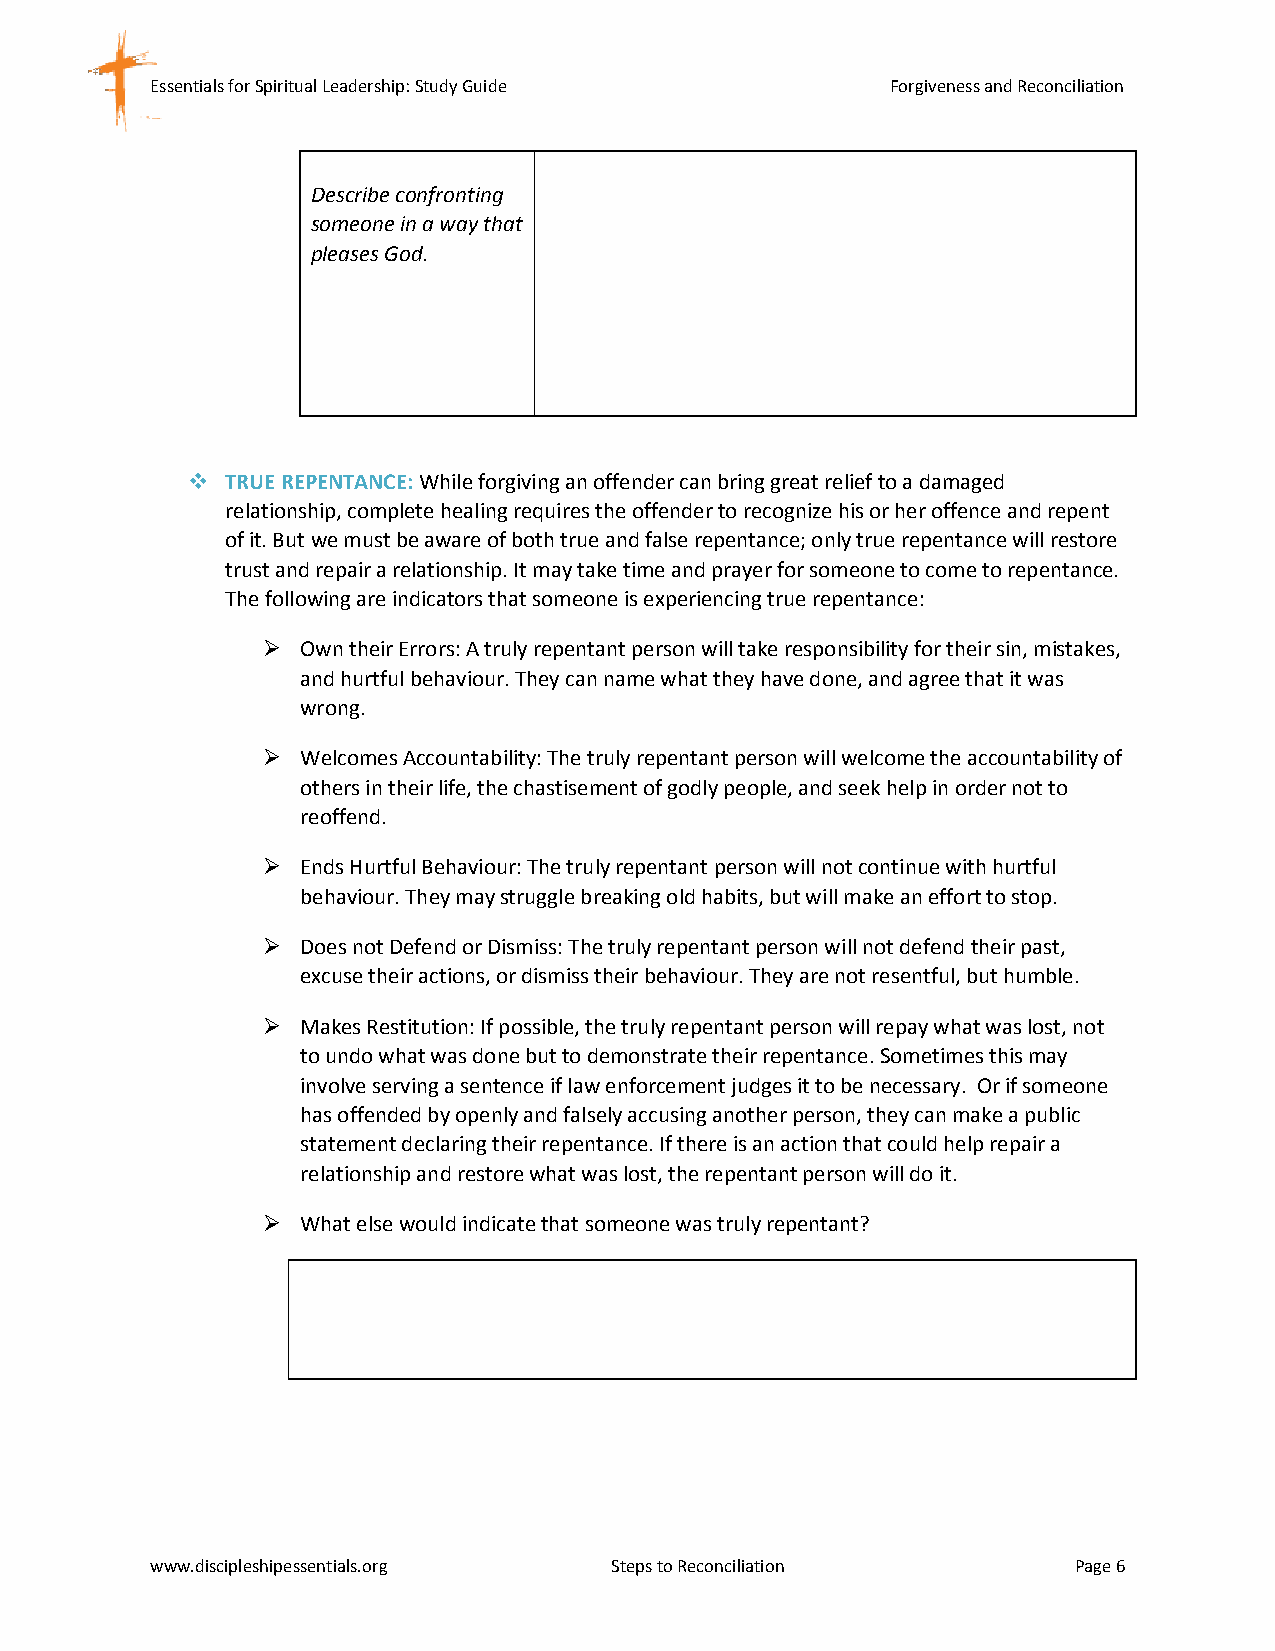
Essentials for Spiritual Leadership: Study Guide Forgiveness and Reconciliation
 Describe confronting
 someone in a way that
 pleases God.
   TRUE REPENTANCE: While forgiving an offender can bring great relief to a damaged
 relationship, complete healing requires the offender to recognize his or her offence and repent
 of it. But we must be aware of both true and false repentance; only true repentance will restore
 trust and repair a relationship. It may take time and prayer for someone to come to repentance.
 The following are indicators that someone is experiencing true repentance:
   Own their Errors: A truly repentant person will take responsibility for their sin, mistakes,
 and hurtful behaviour. They can name what they have done, and agree that it was
 wrong.
   Welcomes Accountability: The truly repentant person will welcome the accountability of
 others in their life, the chastisement of godly people, and seek help in order not to
 reoffend.
   Ends Hurtful Behaviour: The truly repentant person will not continue with hurtful
 behaviour. They may struggle breaking old habits, but will make an effort to stop.
   Does not Defend or Dismiss: The truly repentant person will not defend their past,
 excuse their actions, or dismiss their behaviour. They are not resentful, but humble.
   Makes Restitution: If possible, the truly repentant person will repay what was lost, not
 to undo what was done but to demonstrate their repentance. Sometimes this may
 involve serving a sentence if law enforcement judges it to be necessary. Or if someone
 has offended by openly and falsely accusing another person, they can make a public
 statement declaring their repentance. If there is an action that could help repair a
 relationship and restore what was lost, the repentant person will do it.
   What else would indicate that someone was truly repentant?
 www.discipleshipessentials.org Steps to Reconciliation       Page 6